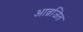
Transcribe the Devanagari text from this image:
आव्रजित